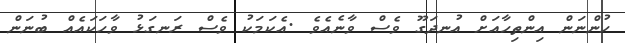
ހުންނަން އިންތިހާއަށް އުނދަގޫ ވެސް ވާނެއެވެ .އެކަމަކު ވެސް ރަނގަޅު ވާހަކައެއް ބުނަން